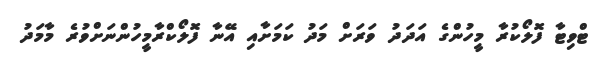
ޓްވިޓާ ފޮލޯކުރާ މީހުންގެ އަދަދު ވަރަށް މަދު ކަމަށާއި އޭނާ ފޮލޯކްރާމީހުންނަށްވުރެ މާމަދު